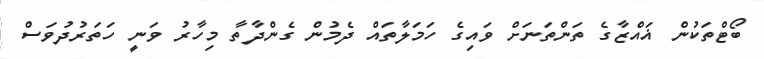
ބޯޓްތަކުން ޣައްޒާގެ ތަންތަނަށް ވައިގެ ހަމަލާތައް ދެމުން ގެންދާތާ މިހާރު ވަނީ ހަތަރުދުވަސް